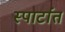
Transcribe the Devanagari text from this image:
स्पार्टात